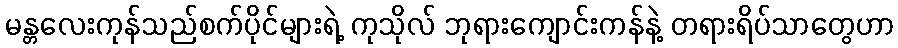
မန္တလေးကုန်သည်စက်ပိုင်များရဲ့ ကုသိုလ် ဘုရားကျောင်းကန်နဲ့ တရားရိပ်သာတွေဟာ